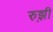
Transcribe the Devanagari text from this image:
रुझ़ी